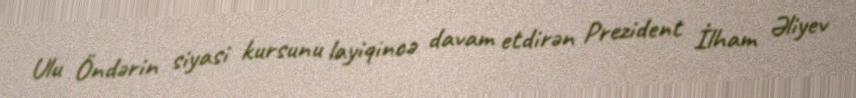
Ulu Öndərin siyasi kursunu layiqincə davam etdirən Prezident İlham Əliyev